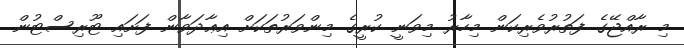
މި ރާއްޖޭގެ ފަތުރުވެރިކަން މިހާރު މިވަނީ ކުރީގެ މިންވަރުތަކަށް އިޢާދަވާން ފަށައި ޓޫރިސްޓުން